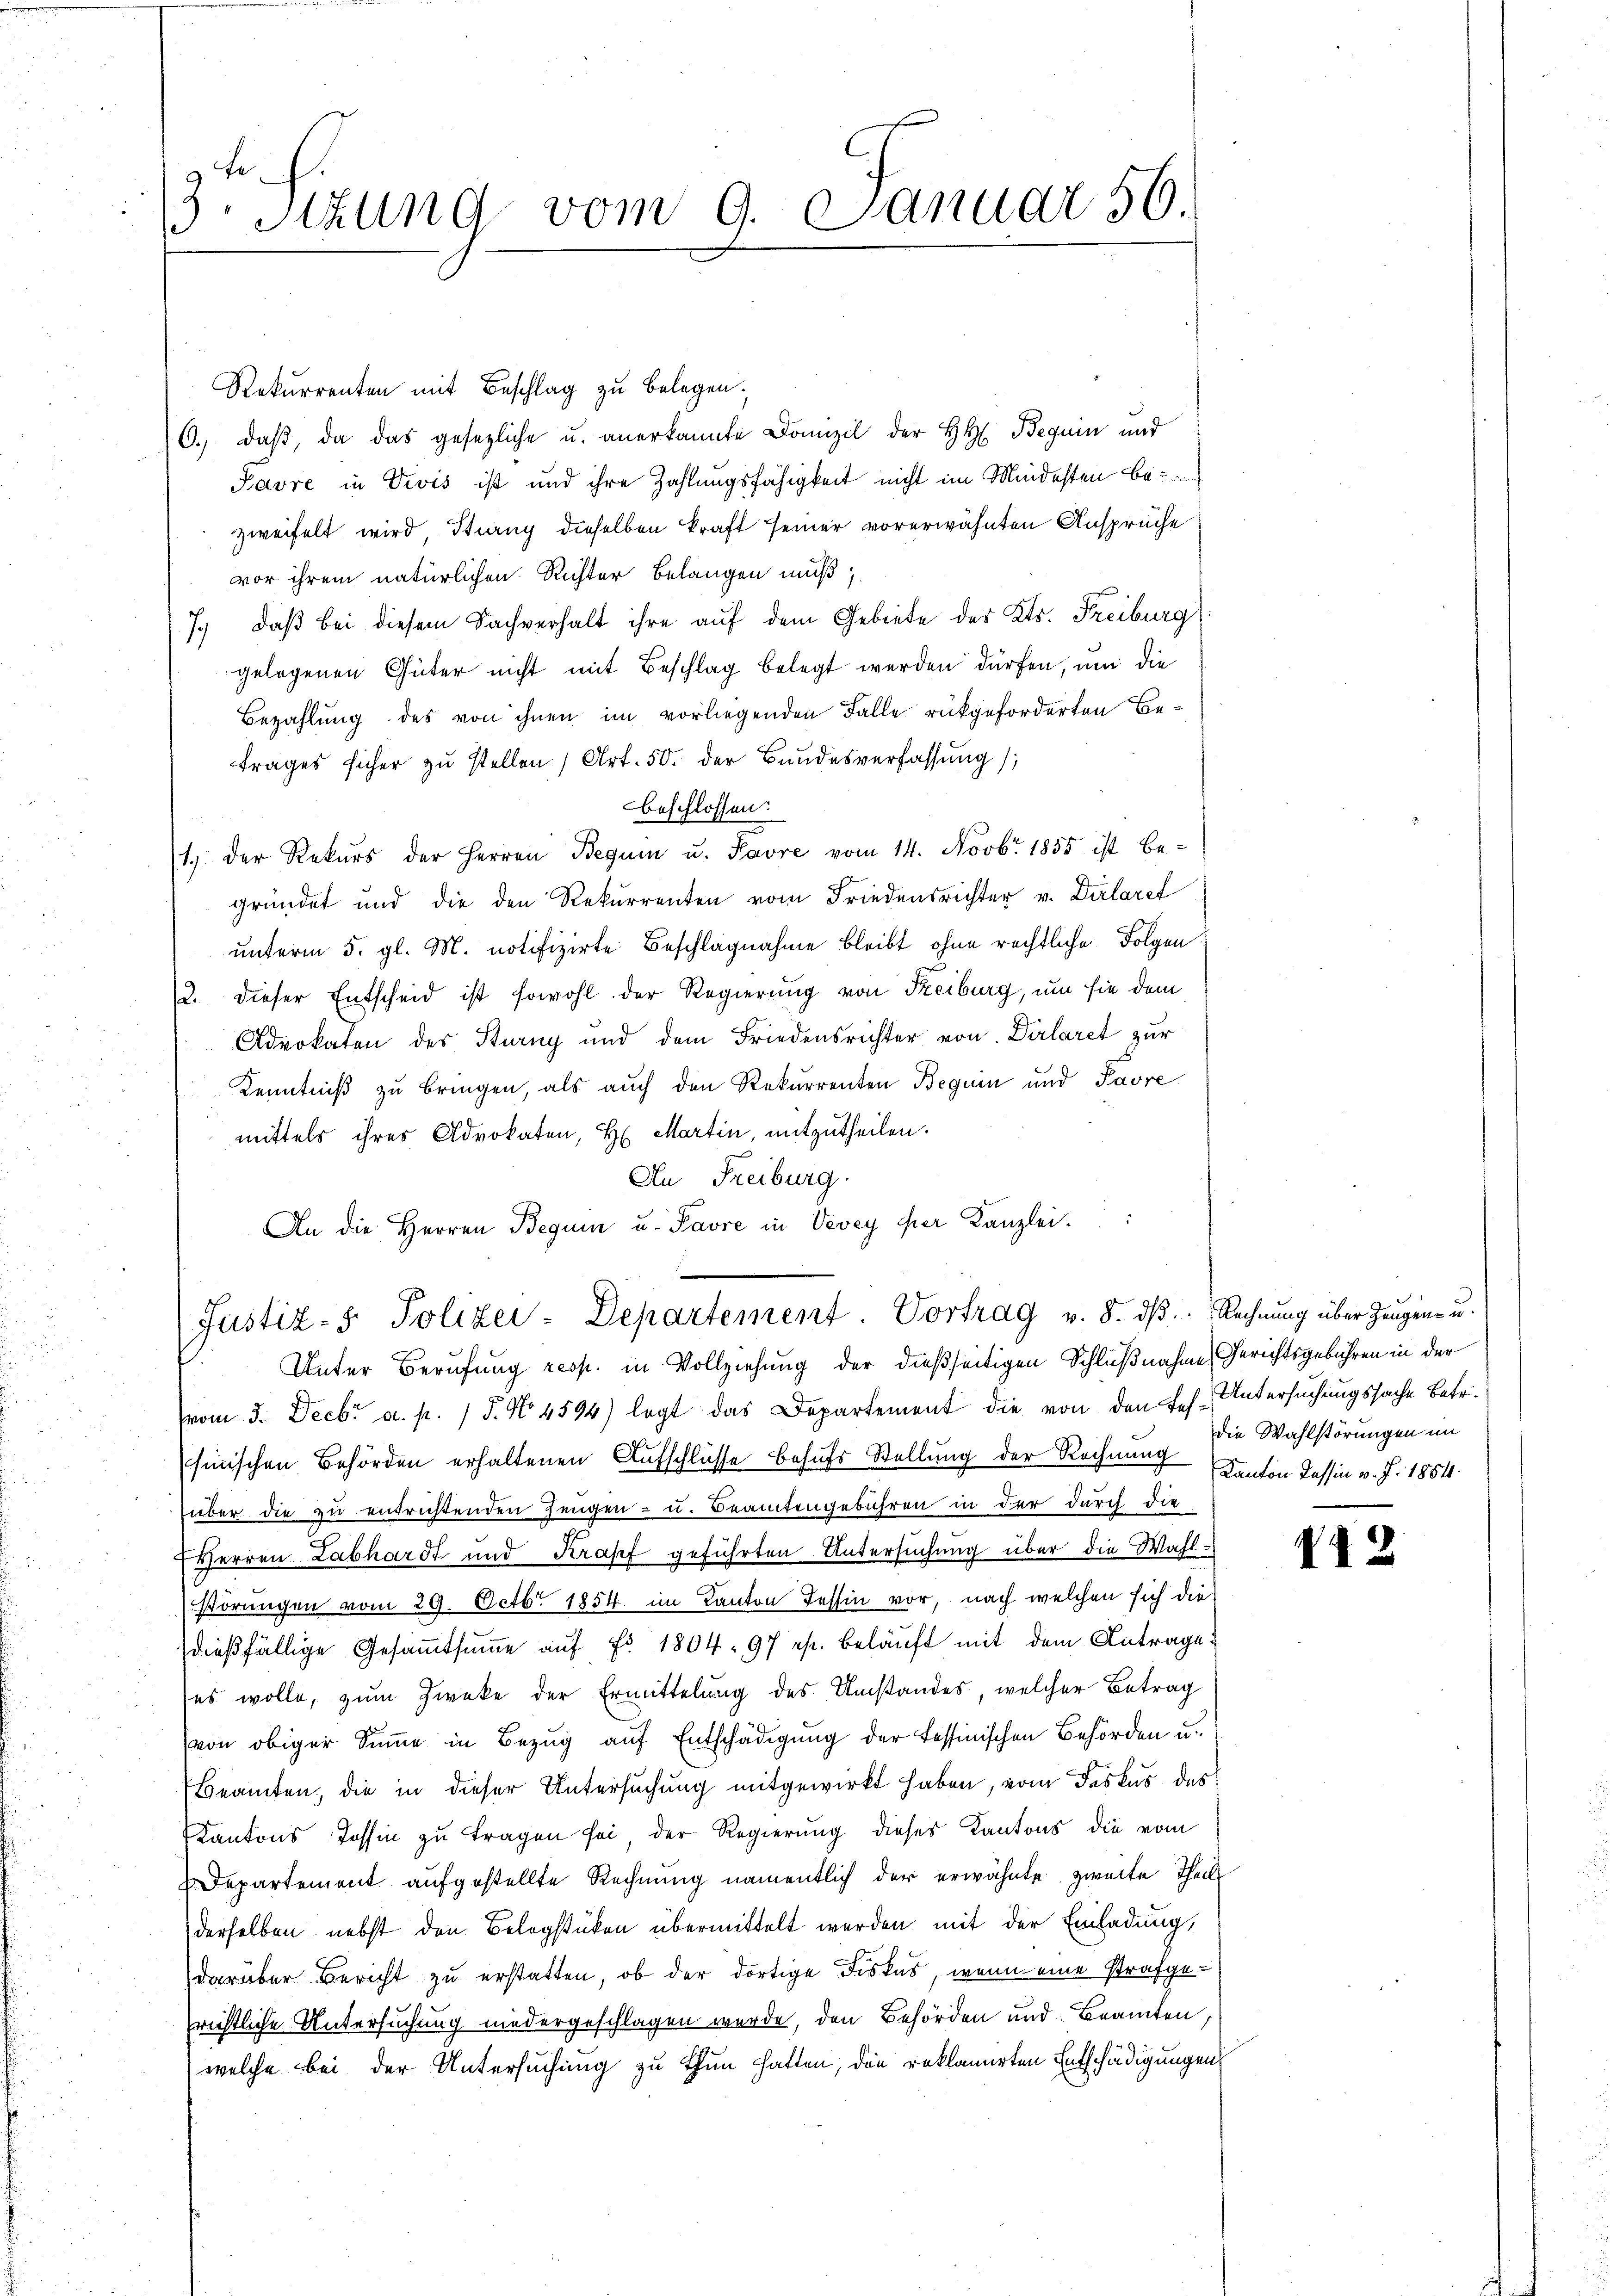
9 t
3Stzung vom 9. Januar 56.

Rekurrenten mit Beschlag zu belegen.
6. daß, da das gesezliche u. anerkannte Domizil der H. Beguin und
Bavre in Divis ist und ihre Zahlungsfähigkeit nicht im Mindesten beur
zweifelt wird Strang dieselben kraft seiner vorerwähnten Ansprüche
vor ihrem natürlichen Richter Belangen muß,
7) daß bei diesem Sachverhalt ihre auf dem Gebiete des Kts. Freiburg
gelegenen Güter nicht mit Beschlag belegt werden dürfen, um die
Bezahlung des von ihnen im vorliegenden Falle rükgeforderten Betrages sicher zŭ stellen (Art. 50. der Bundesverfassŭng
beschlossen:
1.) Der Rekŭrs der Herren Beguin u. Favre vom 14. Novbr. 1855 ist be-
gründet und die den Rekurrenten vom Friedensrichter v. Dirlaret
ŭnterm 5. gl. M. notifizirte Beschlagnahme bleibt ohne rechtliche Folgen.
2. dieser Entscheid ist sowohl der Regierung von Freiburg, um sie dem
Advokaten des Sturny und dem Friedensrichter von Dirlaret zur
Kenntniß zu bringen, als auch den Rekurrenten Beguin und Favre
mittels ihres Advokaten, H. Martin, mitzutheilen.
An Freiburg
An die Herren Beguin u. Pavre in Vevey per Kanzlei.
Justiz- & Polizei-Departement. Vortrag v. 8. dβ. Rechnung über Zeugen u.

Unter Berufung resp. in Vollziehung der dießseitigen Schlußnahme Gerichtsgebühren in der

(vom 3. Decbr a. p. 1 S. No 4594) legt das Departement die von den Jes. Untersuchungssache Betr.
sinischen Behörden erhaltenen Aufschlüsse behufs Stellung der Rechnung Kanton Kassin v. J. 1854.
über die zu entrichtenden Zeugen- u. Beamtengebühren in der durch die
EHerren Labhardt und Krapf geführten Untersuchung über die Wahl¬
Störungen vom 29. Octbr. 1854 im Kanton Tessin vor, nach welchen sich die
dießfällige Gesammtsumme auf Fr. 1804. 97 es. beläuft mit dem Antrage
(es wolle, zum Zwecke der Ermittelung des Umstandes, welcher Betrag
(von obiger Summe in Bezug auf Entschädigung der Tessinischen Behörden u.
Beamten, die in dieser Untersuchung mitgewirkt haben, vom Fiskus des
Kantons Tessin zu tragen sei, der Regierung dieses Kantons die vom
Departement aufgestellte Rechnung namentlich der erwähnte zweite Theil
derselben nebst den Belegstücken übermittelt werden mit der Einladung,
darüber Bericht zu erstatten, ob der dortige Fiskus, wenn eine Strafgerichtliche Untersuchung niedergeschlagen wurde, den Behörden und Beamten,
welche bei der Untersuchung zu thun hatten, die reklamirten Entschädigungens

die Wahlstörungen im

42